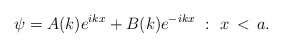
\begin{align*}\psi = A(k) e ^{ikx} + B(k) e^{-ikx} \, \, : \, \, x\, <\,a.\end{align*}